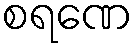
စရဏေ